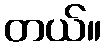
တယ်။